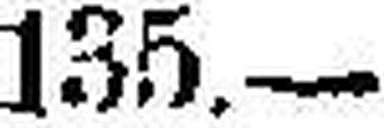
135.—